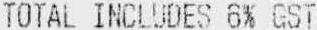
TOTAL INCLUDES 6% GST